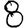
Digit: 8